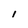
Character: 1